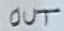
Text: OUT